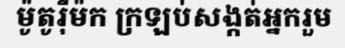
ម៉ូតូរ៉ឺម៉ក ក្រឡប់សង្កត់អ្នករួម